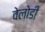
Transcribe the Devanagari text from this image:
वेलोडी